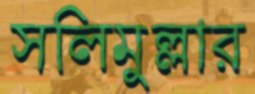
সলিমুল্লার